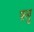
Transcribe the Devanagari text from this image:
फ़्लु